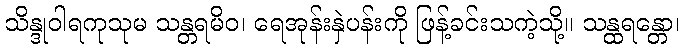
သိန္ဒုဝါရကုသုမ သန္တရမိဝ၊ ရေအုန်းနှဲပန်းကို ဖြန့်ခင်းသကဲ့သို့။ သန္ထရန္တော၊